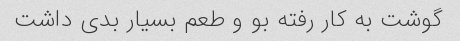
گوشت به کار رفته بو و طعم بسیار بدی داشت